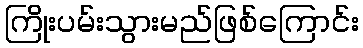
ကြိုးပမ်းသွားမည်ဖြစ်ကြောင်း